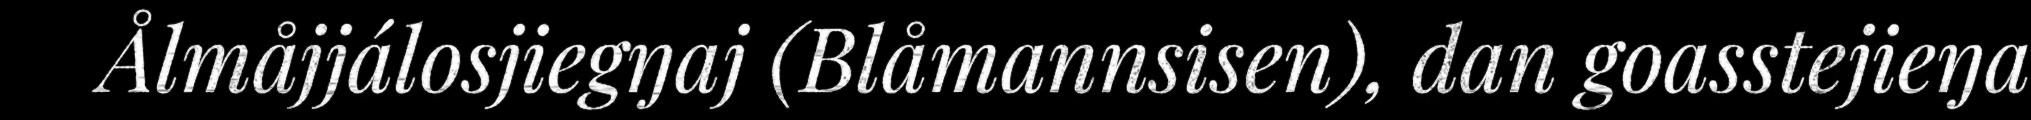
Ålmåjjálosjiegŋaj (Blåmannsisen), dan goasstejieŋa